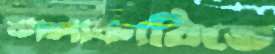
ঝালাকাঠিতে